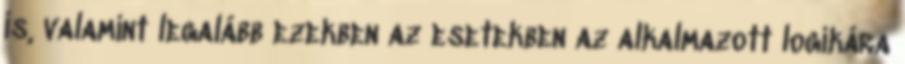
is, valamint legalább ezekben az esetekben az alkalmazott logikára